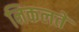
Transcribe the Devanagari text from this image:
निकलतें